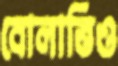
বোলাত্তিও